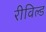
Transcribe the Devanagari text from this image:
रीविल्ड